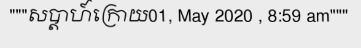
"""សប្តាហ៍ក្រោយ01, May 2020 , 8:59 am"""